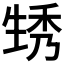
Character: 𤯪